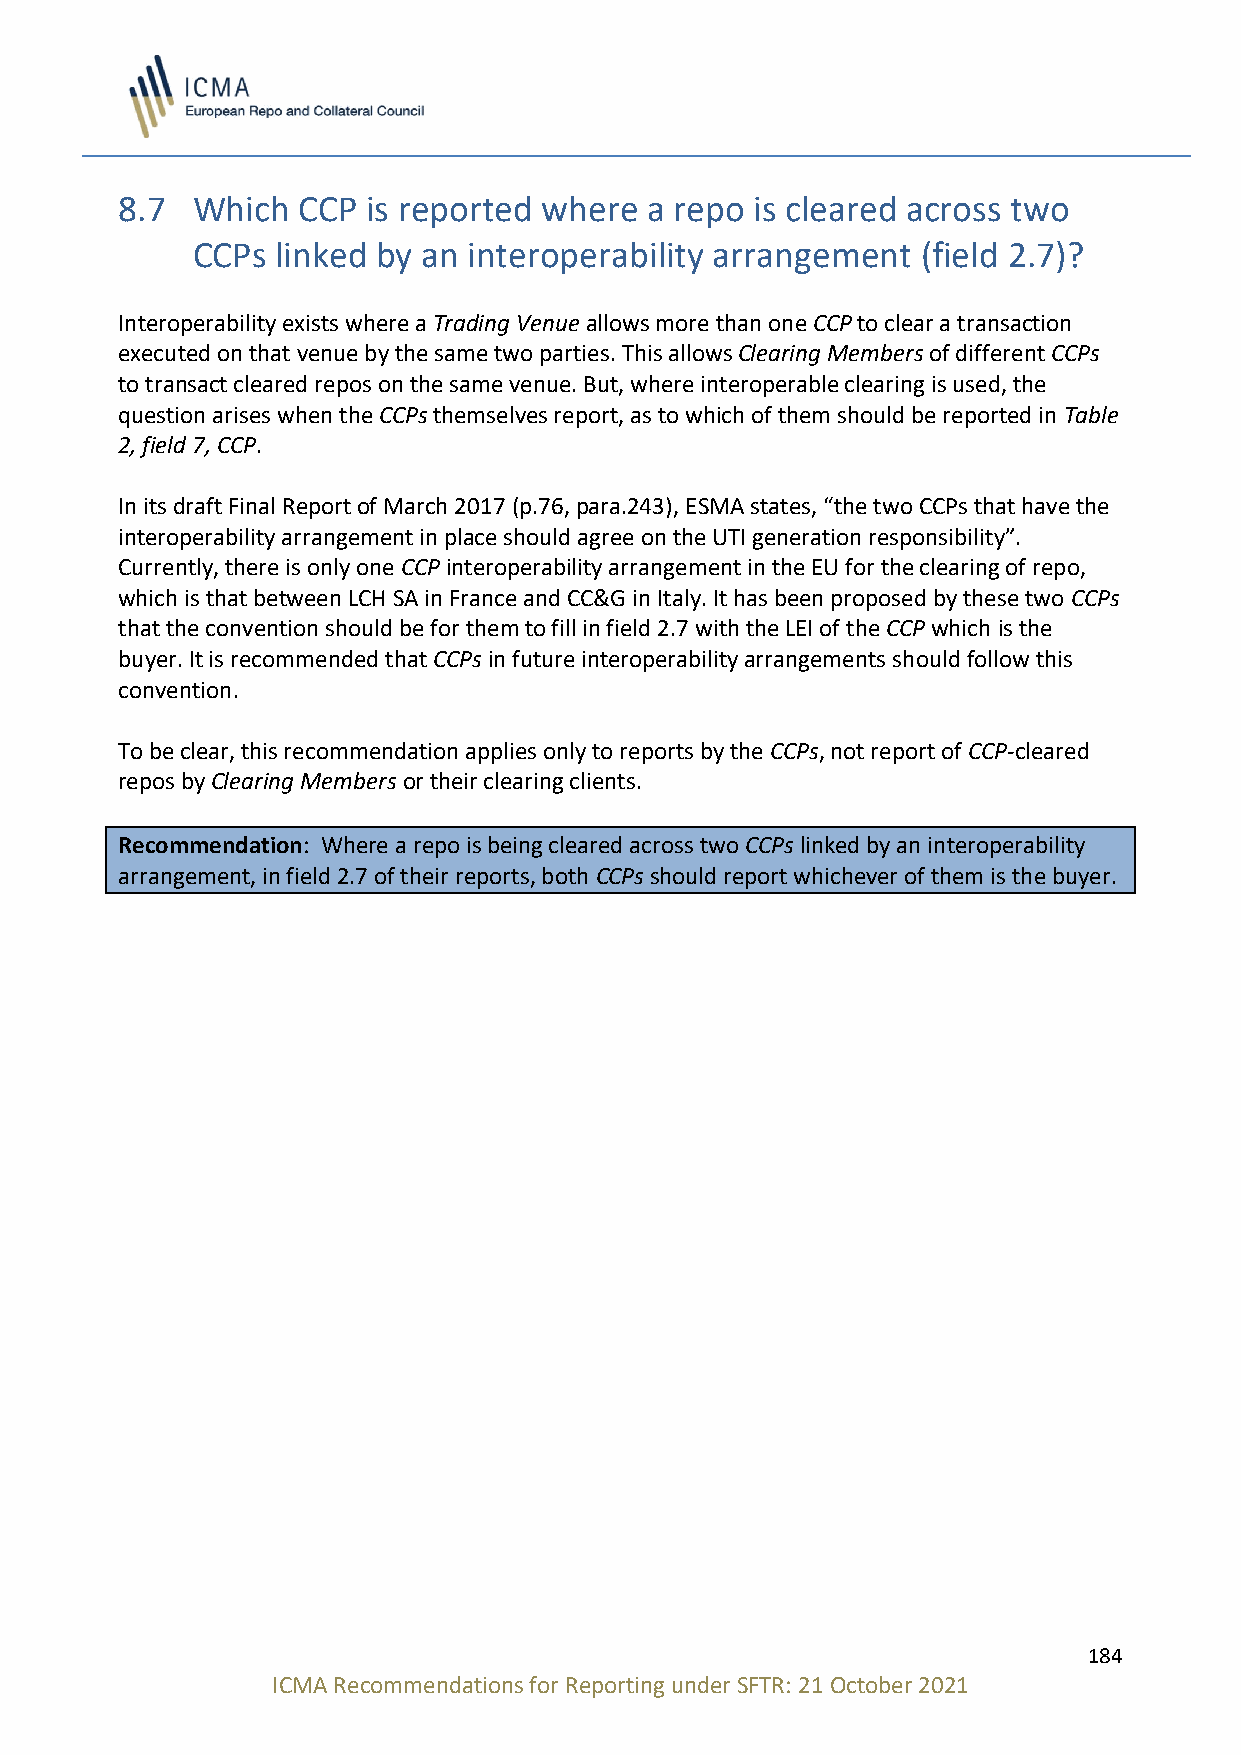
8.7  Which  CCP is reported where  a repo is cleared across two
 CCPs linked by an interoperability arrangement  (field 2.7)?
 Interoperability exists where a Trading Venue allows more than one CCP to clear a transaction
 executed on that venue by the same two parties. This allows Clearing Members of different CCPs
 to transact cleared repos on the same venue. But, where interoperable clearing is used, the
 question arises when the CCPs themselves report, as to which of them should be reported in Table
 2, field 7, CCP.
 In its draft Final Report of March 2017 (p.76, para.243), ESMA states, “the two CCPs that have the
 interoperability arrangement in place should agree on the UTI generation responsibility”.
 Currently, there is only one CCP interoperability arrangement in the EU for the clearing of repo,
 which is that between LCH SA in France and CC&G in Italy. It has been proposed by these two CCPs
 that the convention should be for them to fill in field 2.7 with the LEI of the CCP which is the
 buyer. It is recommended that CCPs in future interoperability arrangements should follow this
 convention.
 To be clear, this recommendation applies only to reports by the CCPs, not report of CCP-cleared
 repos by Clearing Members or their clearing clients.
 Recommendation: Where a repo is being cleared across two CCPs linked by an interoperability
 arrangement, in field 2.7 of their reports, both CCPs should report whichever of them is the buyer.
 184
 ICMA Recommendations for Reporting under SFTR: 21 October 2021